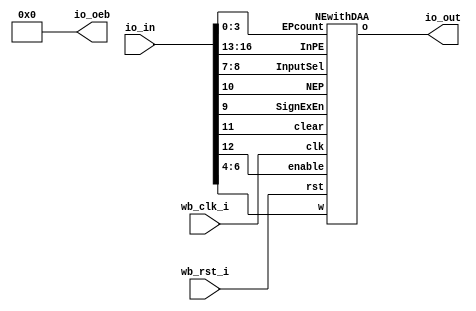

`default_nettype none

module user_proj_example(
`ifdef USE_POWER_PINS
    inout vdd,	// User area 1 1.8V supply
    inout vss,	// User area 1 digital ground
`endif

    // Wishbone Slave ports (WB MI A)
    input wb_clk_i,
    input wb_rst_i,
	
    // IOs
    input  [17-1:0] io_in,
    output [10-1:0] io_out,
    output [10-1:0] io_oeb//,
);

	assign io_oeb = 10'd0;
	//assign io_out = io_in;
	
	NEwithDAA NEwithDAA_u (
		.InPE(io_in[16:13]),
		.clk(wb_clk_i),
		.enable(io_in[12]),
		.clear(io_in[11]),
		.NEP(io_in[10]),
		.SignExEn(io_in[9]),
		.rst(wb_rst_i),
		.InputSel(io_in[8:7]),
		.w(io_in[6:4]),
		.EPcount(io_in[3:0]),
		.o (io_out)
    );
	

endmodule



module NEwithDAA (
  input [3:0] InPE,
  input clk,
  input enable,
  input clear,
  input NEP,
  input SignExEn,
  input rst,
  input [1:0] InputSel,
  input [2:0] w,
  input [3:0] EPcount,
  output reg [9:0] o
);



  wire [2:0] expResult;
  wire [17:0] eResult;
  wire [9:0] result;
  
   always @* begin
     case (InputSel)
        4'b00: o <= result;
        4'b01: o <= {eResult[6:0],expResult};
        4'b10: o <= eResult[16:7];
        default: o <= {9'b000000000, eResult[17]};
     endcase
    end
  wire s;
  wire [1:0] c;
  wire [2:0] w_reg0;
  reg [2:0] w_reg;
  wire [3:0] InPE_reg0;
  reg [3:0] InPE_reg;
  reg [4:0] InPE_aux;
  reg [5:0] saux,a, a_aux;
  
  D_FF #(3) w_FF (
    .d(w),
    .clk(clk),
    .enable(enable),
    .clear(clear),
    .rst(rst),
    .q(w_reg0)
  );
  
always @* begin
     w_reg=w_reg0;
end

  D_FF #(4) InPE_FF (
    .d(InPE),
    .clk(clk),
    .enable(enable),
    .rst(rst),
    .clear(clear),
    .q(InPE_reg0)
  );
always @* begin
     InPE_reg=InPE_reg0;
end
  always @(*) begin
    case (SignExEn)
      1'b1: InPE_aux = {InPE_reg[3], InPE_reg};
      default: InPE_aux = {1'b0, InPE_reg};
    endcase
  end

  BoothEncoderMod Encoder (
    .x2(w_reg[2]),
    .x1(w_reg[1]),
    .x0(w_reg[0]),
    .sign(s),
    .C(c)
  );

  always @* begin
    case (c)
      2'b10: a_aux = {InPE_aux, 1'b0};
      2'b01: a_aux = {InPE_aux[4], InPE_aux};
      default: a_aux = 6'b0;
    endcase
  end

  always @* begin
    saux<= {s,s,s,s,s,s};
      a <= saux ^ a_aux;
  end

  DAAforNE DAA (
    .x(a),
    .clk(clk),
    .enable(enable),
    .clear(clear),
    .NEP(NEP),
    .Cin(s),
    .rst(rst),
    .EPcount(EPcount),
    .expResult(expResult),
    .eResult(eResult),
    .result(result)
  );

endmodule

module BoothEncoderMod (
  input x2,
  input x1,
  input x0,
  output reg sign,
  output reg [1:0] C
);

  always @(x2 or x1 or x0) begin
    sign = x2 & ~(x2 & x1 & x0);
    C[0] = x0 ^ x1;
    C[1] = (x0 & x1 & ~x2) | (x2 & ~x1 & ~x0);
  end

endmodule

module CU_MAC2(
    input clk,
    input enable,
    input clear,
    input a,
    input b,
    input [1:0] res,
    input [2:0] Nshift,
    input co,
    input rst,
    output reg inc,
    output reg decr
);

reg inc_aux, decr_aux;
wire inc_reg, decr_reg;


always @(posedge clk or negedge rst) begin
    if (!rst)
        inc_aux <= {1'b0};
    else if (enable)
        if (clear)
           inc_aux <= {1'b0};
        else
            inc_aux <= (~a & ~b & ~co & res[1]) | (a & b & co & ~res[1]) & ~&Nshift[2:0];
end

always @(posedge clk or negedge rst) begin
    if (!rst)
        decr_aux <= {1'b0};
    else if (enable)
        if (clear)
           decr_aux <= {1'b0};
        else
            decr_aux <= ~inc_aux & (~co & (res[1] ^ res[0])) & ~|Nshift;
end

D_FF #(1) inc_FF (
    .d(inc_aux),
    .clk(clk),
    .enable(enable),
    .rst(rst),
    .clear(clear),
    .q(inc_reg)
);

D_FF #(1) decr_FF (
    .d(decr_aux),
    .clk(clk),
    .enable(enable),
    .rst(rst),
    .clear(clear),
    .q(decr_reg)
);

always @* begin
    inc <= inc_reg;
    decr <= decr_reg;
end

endmodule

module D_FF #(parameter N=4) (
    input [N-1:0] d,
    input clk,
    input enable,
    input clear,
    input rst,
    output reg [N-1:0] q
);

//always @(posedge clk or negedge rst) begin
//    if (!rst)
//        q <= {N{1'b0}};
//    else if (enable)
//        if (clear)
//           q <= {N{1'b0}};
//        else
//            q <= d;
//end

always @(posedge clk or negedge rst) begin
    if (!rst)
        q <= {N{1'b0}};
    else if (enable)
        if (clear)
           q <= {N{1'b0}};
        else
            q <= d;
end
//always @(posedge clk or negedge rst) begin
//    if (!rst)
//        q <= {N{1'b0}};
//    else if (clear)
//        q <= {N{1'b0}};
//        else if (enable)
//            q <= d;
//end



endmodule

module DAAforNE (
    input [5:0] x,
    input clk,
    input enable,
    input clear,
    input NEP,
    input Cin,
    input rst,
    input [3:0] EPcount,
    output reg [2:0] expResult,
    output reg [17:0] eResult,
    output reg [9:0] result
);

wire [17:0] inSaveFF;
reg [5:0] x_reg;
wire [9:0] b, res_reg, aux;
reg [9:0] a, res, inc_aux, decr_aux;
reg [10:0] res_aux, CinAux;
wire [9:0] r_a, OutAllined1;
reg [9:0] r_a1, r_a2;
wire [7:0] x_reg_se_aux;
reg [7:0] x_reg_se;
reg IncOrDec_sel, IncOrDec_sel2, selAllineMUX2, selSaveMUX, co;
wire NEP_reg2, inc, decr, co_reg;
reg Cin_reg;
reg En0, En1, En2, En3, En4, En5, En6, En7, En8;
wire [2:0] N_shift;
wire [1:0] r_a_save_aux;
reg [1:0] r_a_save;

//D_FF #(6) x_FF (.d(x), .clk(clk), .enable(enable), .clear(clear), .q(x_reg));
//D_FF #(1) Cin_FF (.d(Cin), .clk(clk), .enable(enable), .clear(clear), .q(Cin_reg));
//D_FF #(1) NEP_FF (.d(NEP), .clk(clk), .enable(enable), .clear(clear), .q(NEP_reg));
//D_FF #(1) NEP_FF2 (.d(NEP_reg), .clk(clk), .enable(enable), .clear(clear), .q(NEP_reg2));
D_FF #(1) NEP_FF2 (.d(NEP), .clk(clk),     .rst(rst), .enable(enable), .clear(clear), .q(NEP_reg2));

always @* begin
    x_reg = x;
    Cin_reg = Cin;
end

always @* begin
    case (x_reg[5])
        1'b1: x_reg_se = {2'b11, x_reg};
        default: x_reg_se = {2'b00, x_reg};
    endcase
end

ShiftRight_2  LogShift (.i(x_reg_se), .N_shift(N_shift), .o(x_reg_se_aux));
always @* begin
    case (x_reg_se_aux[7])
        1'b1: a = {2'b11, x_reg_se_aux};
        default: a = {2'b00, x_reg_se_aux[6:0]};
    endcase
end
ShiftCounter2 ShiftCounter (.clk(clk), .clear(clear),     .rst(rst),.enable(enable), .inc(inc), .dec(decr), .shiftCount(N_shift));

always @* begin
    CinAux = {10'b0000000000, Cin_reg};
end

always @* begin
    res_aux = $signed(a) + $signed(b) + $signed(CinAux);
    res = res_aux[9:0];
    co = res_aux[10];
end

CU_MAC2 CU (.clk(clk), .clear(clear), .enable(enable),    .rst(rst), .a(a[9]), .b(b[9]), .res(res[9:8]), .Nshift(N_shift), .co(co), .inc(inc), .decr(decr));

D_FF #(10) res_FF (.d(res), .clk(clk), .enable(enable),     .rst(rst), .clear(clear), .q(res_reg));
D_FF #(1) Co_FF (.d(co), .clk(clk), .enable(enable),     .rst(rst), .clear(clear), .q(co_reg));

always @* begin
    IncOrDec_sel = ~inc & decr;
    inc_aux = {co_reg, res_reg[9:1]};
    decr_aux = {res_reg[8:0], 1'b0};
end

Mux_2 #(10) IncOrDec_MUX (.i0(inc_aux), .i1(decr_aux), .sel(IncOrDec_sel), .o(aux));
always @* begin
    IncOrDec_sel2 = inc | decr;
end
Mux_2 #(10) IncOrDec_MUX2 (.i0(res_reg), .i1(aux), .sel(IncOrDec_sel2), .o(r_a));
always @* begin
    r_a1 = {r_a[9], r_a[9:1]};
    r_a2 = {r_a[9], r_a[9], r_a[9:2]};
end
Mux_2 #(10) AllignMUX1 (.i0(r_a2), .i1(r_a1), .sel(N_shift[0]), .o(OutAllined1));

always @* begin 
    selAllineMUX2 = ~|N_shift[2:1] & NEP_reg2;
end
Mux_2 #(10) AllignMUX2 (.i0(r_a), .i1(OutAllined1), .sel(selAllineMUX2), .o(b));

always @* begin 
    r_a_save = {r_a[0], 1'b0};
    selSaveMUX = N_shift[0];
end

Mux_2 #(2) SaveMUX (.i0(r_a[1:0]), .i1(r_a_save), .sel(selSaveMUX), .o(r_a_save_aux));

always @* begin
     En0 = (EPcount == 4'b0000 && ~|N_shift[2:1] && NEP == 1'b1);
     En1 = (EPcount == 4'b0001 && ~|N_shift[2:1]  && NEP == 1'b1);
     En2 = (EPcount == 4'b0010 && ~|N_shift[2:1]  && NEP == 1'b1);
     En3 = (EPcount == 4'b0011 && ~|N_shift[2:1]  && NEP == 1'b1);
     En4 = (EPcount == 4'b0100 && ~|N_shift[2:1]  && NEP == 1'b1);
     En5 = (EPcount == 4'b0101 && ~|N_shift[2:1]  && NEP == 1'b1);
     En6 = (EPcount == 4'b0110 && ~|N_shift[2:1]  && NEP == 1'b1);
     En7 = (EPcount == 4'b0111 && ~|N_shift[2:1]  && NEP == 1'b1);
     En8 = (EPcount == 4'b1000 && ~|N_shift[2:1]  && NEP == 1'b1);
end

D_FF #(2) Save_FF0 (.d(r_a_save_aux), .clk(clk), .enable(En0), .clear(clear),     .rst(rst), .q(inSaveFF[1:0]));
D_FF #(2) Save_FF1 (.d(r_a_save_aux), .clk(clk), .enable(En1), .clear(clear), .rst(rst),.q(inSaveFF[3:2]));
D_FF #(2) Save_FF2 (.d(r_a_save_aux), .clk(clk), .enable(En2), .clear(clear), .rst(rst),.q(inSaveFF[5:4]));
D_FF #(2) Save_FF3 (.d(r_a_save_aux), .clk(clk), .enable(En3), .clear(clear), .rst(rst),.q(inSaveFF[7:6]));
D_FF #(2) Save_FF4 (.d(r_a_save_aux), .clk(clk), .enable(En4), .clear(clear), .rst(rst),.q(inSaveFF[9:8]));
D_FF #(2) Save_FF5 (.d(r_a_save_aux), .clk(clk), .enable(En5), .clear(clear), .rst(rst),.q(inSaveFF[11:10]));
D_FF #(2) Save_FF6 (.d(r_a_save_aux), .clk(clk), .enable(En6), .clear(clear), .rst(rst),.q(inSaveFF[13:12]));
D_FF #(2) Save_FF7 (.d(r_a_save_aux), .clk(clk), .enable(En7), .clear(clear), .rst(rst),.q(inSaveFF[15:14]));
D_FF #(2) Save_FF8 (.d(r_a_save_aux), .clk(clk), .enable(En8), .clear(clear), .rst(rst),.q(inSaveFF[17:16]));

always @* begin
    eResult=inSaveFF;
    result=b;
    expResult=N_shift;
end

endmodule

module Mux_2 #(parameter N=4) (
    input [N-1:0] i0,
    input [N-1:0] i1,
    output reg [N-1:0] o,
    input sel
);

always @* begin
    if (sel)
        o = i1;
    else
        o = i0;
end

endmodule

module ShiftCounter2(
    input inc,
    input dec,
    input clk,
    input clear,
    input rst,
    input enable,
    output reg [2:0] shiftCount
);

reg [2:0] incDecr, a, b, res;
reg incDecr_sel, idle_sel;

always @* begin
    incDecr_sel <= ~inc & dec;
    idle_sel <= inc | dec;
    res=a+b;
    shiftCount <= res;
end

always @* begin
    if (incDecr_sel)
        incDecr <= 3'b111;
    else
        incDecr <= 3'b001;
end

always @* begin
    if (idle_sel)
        a <=incDecr;
    else
        a <= 3'b0;
end

always @(posedge clk or negedge rst) begin
    if (!rst)
        b <= {3{1'b0}};
    else if (enable)
        if (clear)
           b <= {3{1'b0}};
        else
            b <= res;
end
endmodule


module ShiftRight_2(
    input [7:0] i,
    output reg [7:0] o,
    input [2:0] N_shift
);

wire [7:0] i_4_in, i_4_out;
wire [7:0] i_2_in, i_2_out;
wire [7:0] i_1_out;
reg [7:0] i_1_in;

Log_shifter #(4) shifter_4 
(
    .i(i),
    .o(i_4_in)
);

Mux_2 #(8) shift_4_MUX (
    .i0(i),
    .i1(i_4_in),
    .o(i_4_out),
    .sel(N_shift[2])
);

Log_shifter #(2) shifter_2 (
    .i(i_4_out),
    .o(i_2_in)
);

Mux_2 #(8) shift_2_MUX (
    .i0(i_4_out),
    .i1(i_2_in),
    .o(i_2_out),
    .sel(N_shift[1])
);

always @* begin
     i_1_in = {i[7], i_2_out[7:1]};
end

Mux_2 #(8) shift_1_MUX (
    .i0(i_2_out),
    .i1(i_1_in),
    .o(i_1_out),
    .sel(N_shift[0])
);

always @* begin
    o = i_1_out;
end

endmodule



module Log_shifter #(parameter N=4)(
    input [7:0] i,
    output reg [7:0] o
);

always @* begin
    if (i[7])
        o = {{N{1'b1}},i[7:N]};
    else
        o = {{N{1'b0}},i[7:N]};
end

endmodule




`default_nettype wire